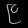
Digit: ၉